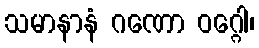
သမာနာနံ ဂဏော ဝဂ္ဂေါ၊